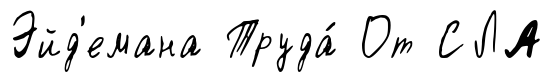
Эйд'емана Труда́ От СЛА